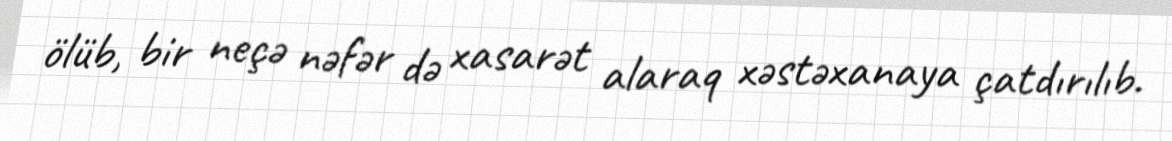
ölüb, bir neçə nəfər də xasarət alaraq xəstəxanaya çatdırılıb.